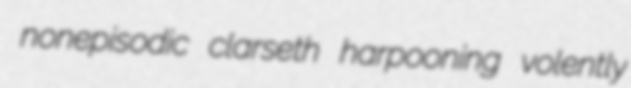
nonepisodic clarseth harpooning volently